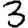
Digit: 3